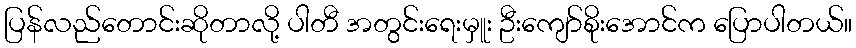
ပြန်လည်တောင်းဆိုတာလို့ ပါတီ အတွင်းရေးမှူး ဦးကျော်စိုးအောင်က ပြောပါတယ်။